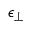
\epsilon _ { \perp }